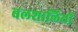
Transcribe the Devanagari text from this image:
बलशालियों